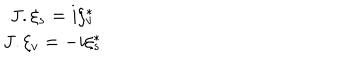
\begin{array} { c } { { J . \xi _ { s } = i \xi _ { v } ^ { * } } } \\ { { J . \xi _ { v } = - i \xi _ { s } ^ { * } } } \\ \end{array}